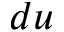
d u